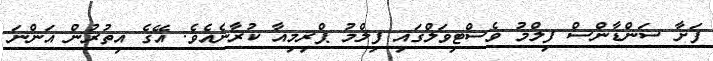
ފަށާ ސަންޑާންސް ފިލްމު ވެސްޓިވަލްގައި ފިލްމު ޕްރިމިއާ ކުރާނެއެވެ. އޭގެ އިތުރުން އަންނަ